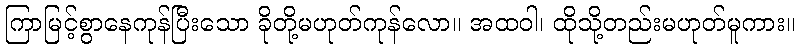
ကြာမြင့်စွာနေကုန်ပြီးသော ခိုတို့မဟုတ်ကုန်လော။ အထဝါ၊ ထိုသို့တည်းမဟုတ်မူကား။